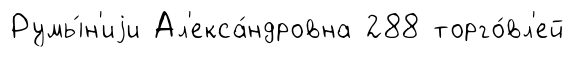
Румы́н'иjи Ал'екса́ндровна 288 торго́вл'ей